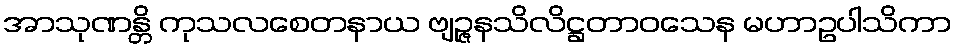
အာသုဏန္တိ ကုသလစေတနာယ ဗျဉ္ဇနသိလိဋ္ဌတာဝသေန မဟာဥပါသိကာ